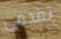
تقدمي